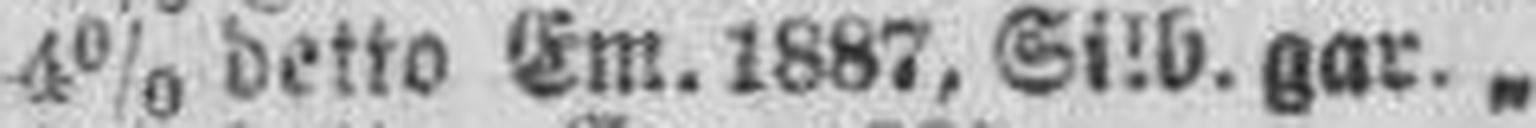
4% detto Em. 1887, Silb. gar. „